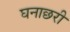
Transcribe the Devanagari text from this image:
घनाछरी